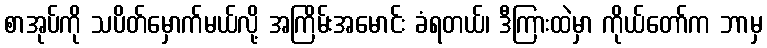
စာအုပ်ကို သပိတ်မှောက်မယ်လို့ အကြိမ်းအမောင်း ခံရတယ်၊ ဒီကြားထဲမှာ ကိုယ်တော်က ဘာမှ